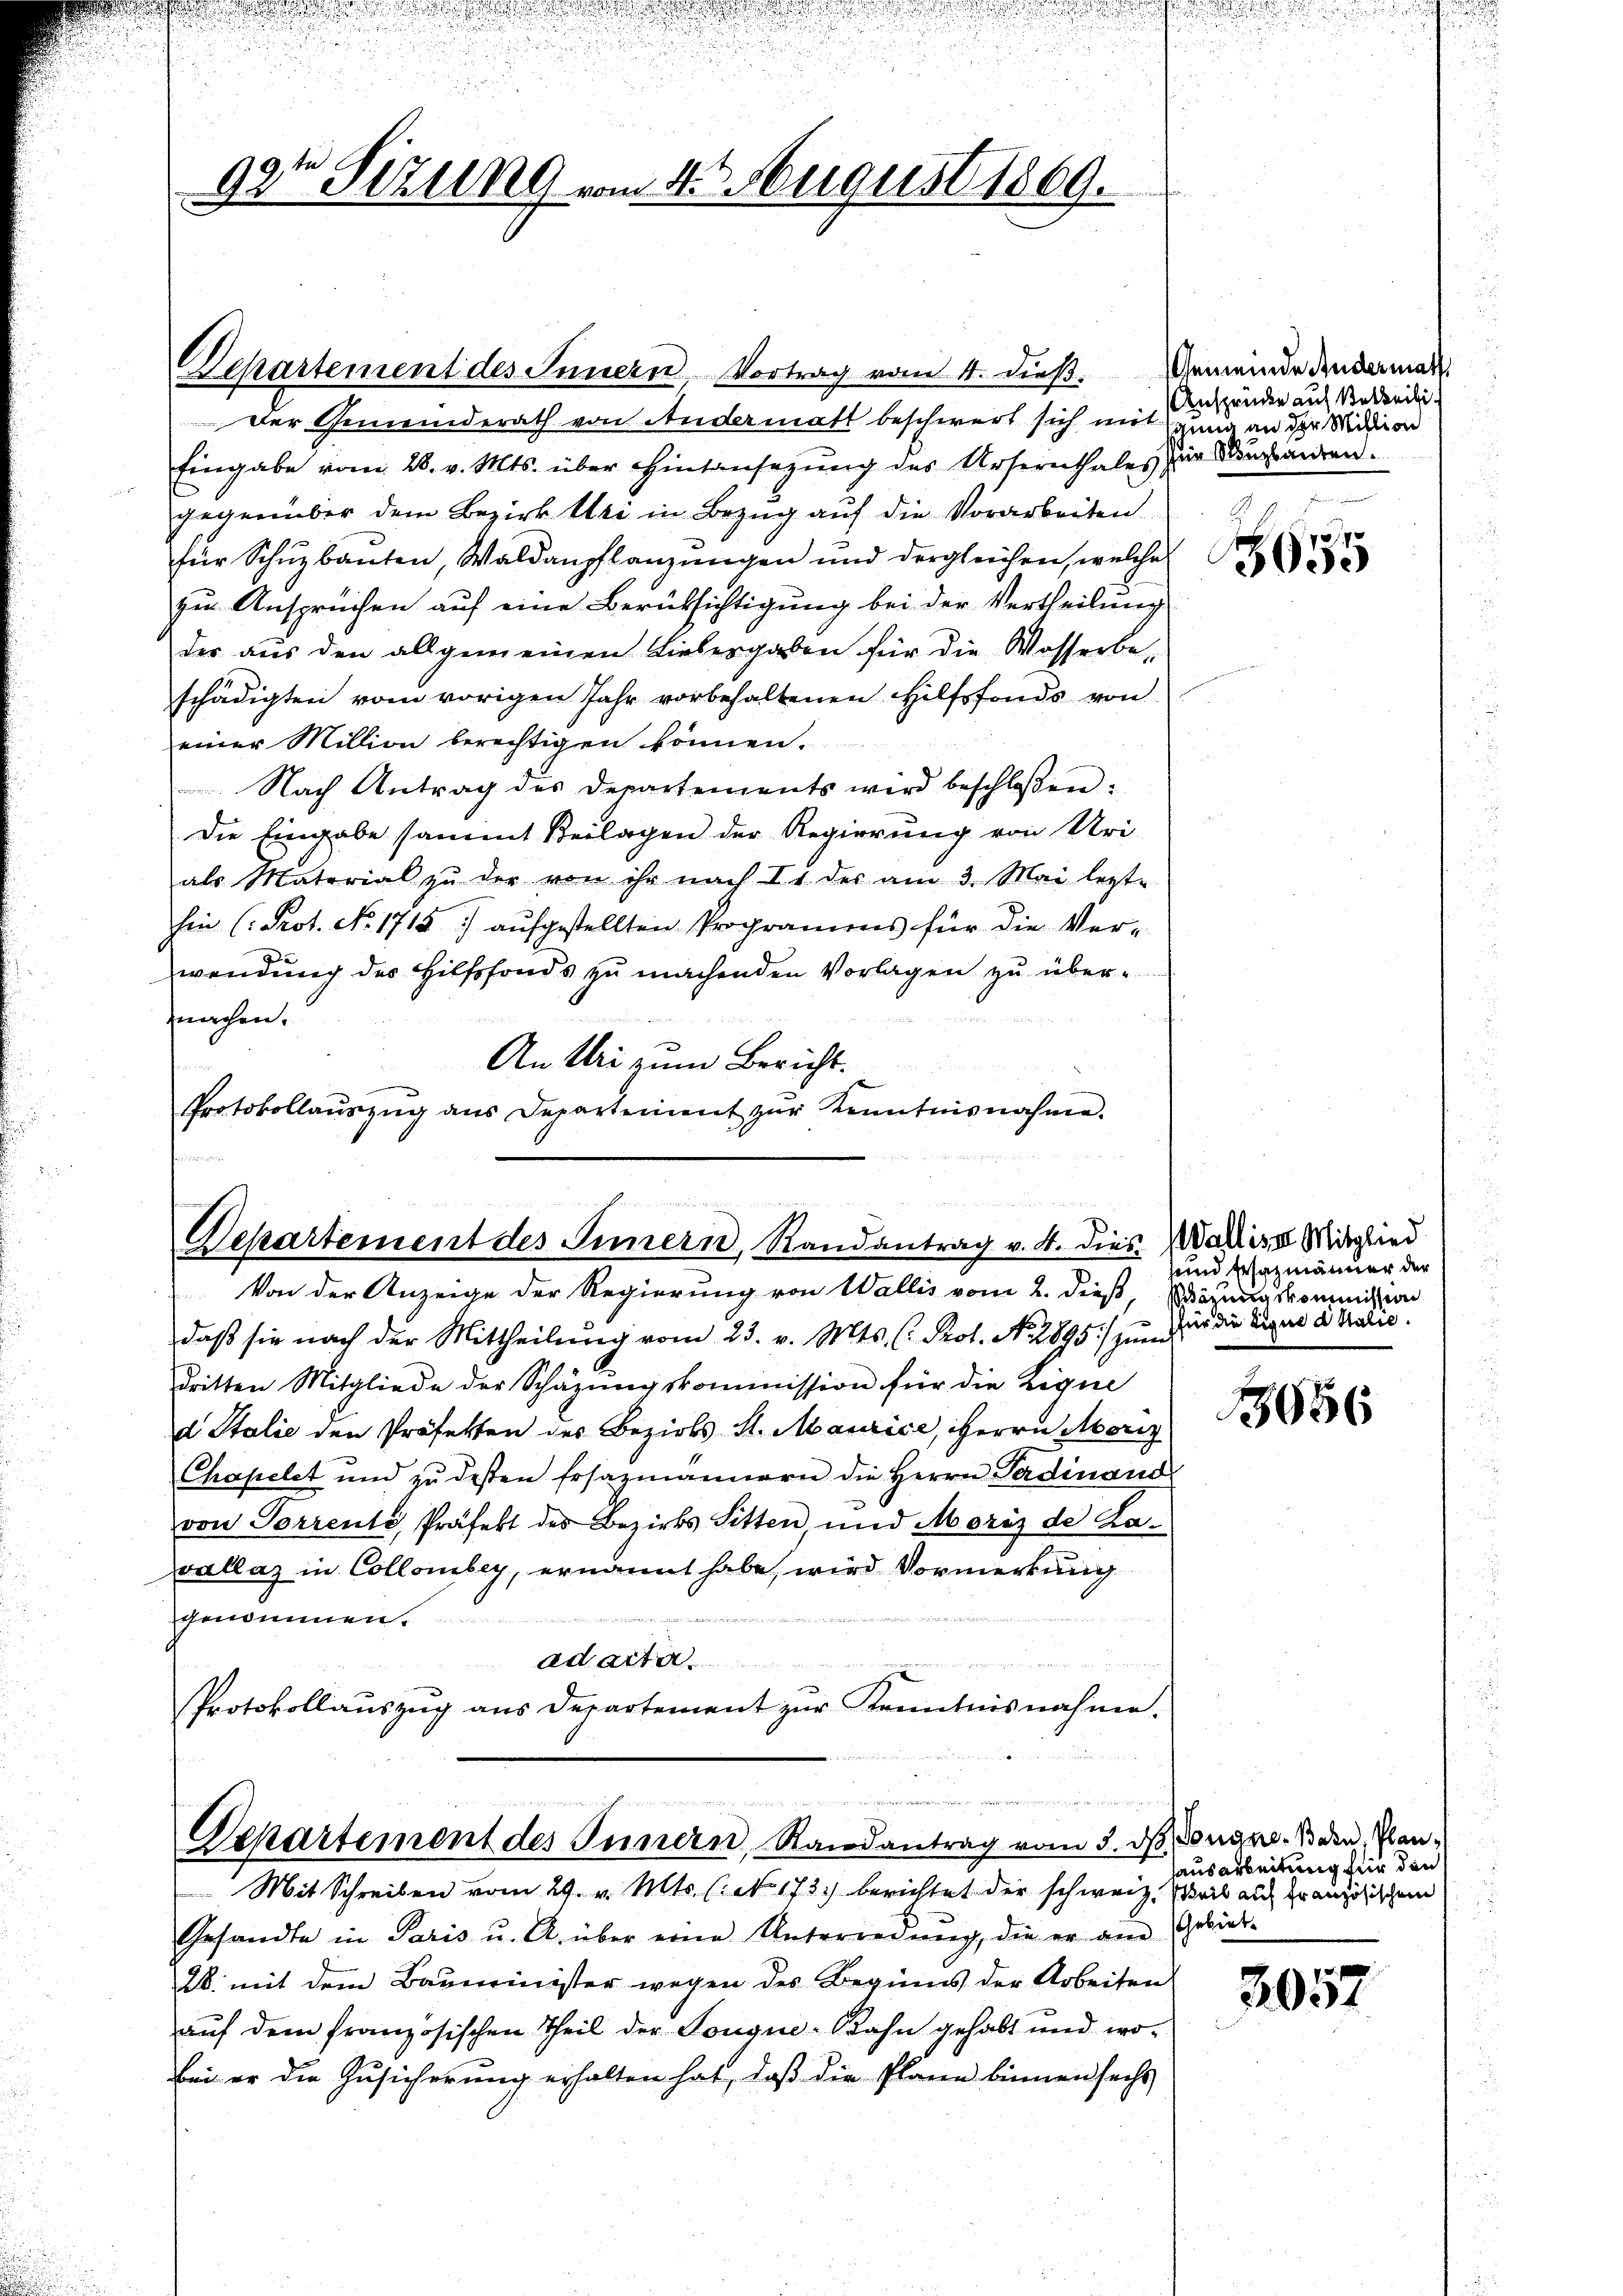
Departement des Innern, Vortrag vom 4. dieß.
Der Gemeinderath von Andermatt beschwert sich mit ging an der Mition
Eingabe vom 28. v. Mts. über Hintansezŭng des Ursernthales zur Singsanten.
gegenüber dem Bezirk bei in Bezug auf die Vorarbeiten
für Schuzbauten, Waldanpflanzungen und dergleichen, welche
zu Ansprüchen auf eine Berüksichtigung bei der Vertheilung
der aus den allgemeinen Liebesgaben für die Wasserbeschädigten vom vorigen Jahr vorbehaltenen Hilfsfonds von
einer Million berechtigen können.
Nach Antrag des Departements wird beschlossen.
Die Eingabe sammt Beilagen der Regierŭng von Uri-
als Material zŭ der von ihr nach Ir des am 3. Mai lezte
hin (Prot. No. 1715) aufgestellten Programens für die Verwendung des Hilfsfonds zu machenden Vorlagen zu übermachen.
An bei zum Bericht.
Protokollaŭszŭg ans Departement zŭr Kenntnisnahme.

i
Departement des Innern, Randantrag v. 4. dies-
Von der Anzeige der Regierung von Wallis vom 2. dieß, Böhmaskommission

92te Sizung vom 4. August 1869.

u

Departement des Innern, Randantrag vom 3. ds. Denge den Plan¬
Mit Schreiben vom 29. v. Mts. (N. 173.) berichtet der schweiz. Weib auf französischen

daß sie nach der Mittheilŭng vom 23. v. Mts. (: Prof. No. 2895) zum
dritten Mitgliede der Schazungskommission für die Lique
d Italie den Professen des Bezirks- St. Maurice, HHerrn Moriz
Chapelet und zu dessen Ersazmännern die Herrn Ferdinand
von Sorrente, Präfekt des Bezirks Sitten, und Moriz de Lavallas in Collorbey, ernannt habe, wird Vormerkung
genommen.
ad acta.
Protokollaŭszŭg ans Departement zŭr Kenntnisnahme.

Gesandte in Paris u. A. über eine Unterredŭng, die er am Gebiet-
28. mit dem Bauminister wegen des Beginns der Arbeiten
auf dem französischen Theil der Tongue-Bahn gehabt und wobei er die Zusicherung erhalten hat, daß die Plane binnen sechs

Gemeinde Andermatt
Ansprücke auf Beteili

2
3055

Wallisse Mitglied
unnd Ersazmänner der
für die Eigen d Malić.

1656

hausarbeitung für den

3057